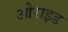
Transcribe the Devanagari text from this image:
ओराइड